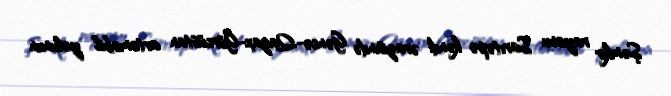
Şəmkir rayonu Sarıtəpə kəndi ərazisində Gəncə-Qazax-Gürcüstan avtomobil yolunun